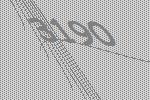
3190